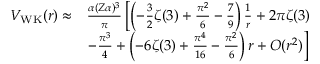
\begin{array} { r l } { V _ { \mathrm { W K } } ( r ) \approx } & { \frac { \alpha ( Z \alpha ) ^ { 3 } } { \pi } \left[ \left( - \frac { 3 } { 2 } \zeta ( 3 ) + \frac { \pi ^ { 2 } } { 6 } - \frac { 7 } { 9 } \right) \frac { 1 } { r } + 2 \pi \zeta ( 3 ) \right. } \\ & { \left. - \frac { \pi ^ { 3 } } { 4 } + \left( - 6 \zeta ( 3 ) + \frac { \pi ^ { 4 } } { 1 6 } - \frac { \pi ^ { 2 } } { 6 } \right) r + O ( r ^ { 2 } ) \right] } \end{array}